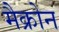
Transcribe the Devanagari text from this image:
मैक्रोन